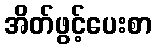
အိတ်ဖွင့်ပေးစာ